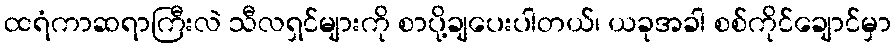
ထရံကာဆရာကြီးလဲ သီလရှင်များကို စာပို့ချပေးပါတယ်၊ ယခုအခါ စစ်ကိုင်ချောင်မှာ